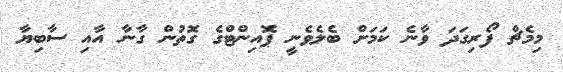
މިމެޗް ފޯރިގަދަ ވާނެ ކަމަށް ބެލެވެނީ ޕޮއިންޓްގެ ގޮތުން ގާނާ އާއި ސާބިޔާ